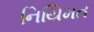
નિયિમત